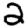
Digit: 2